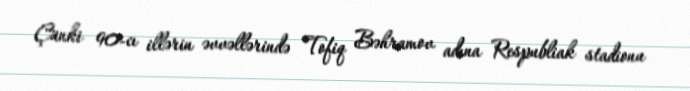
Çünki 90-cı illərin əvvəllərində Tofiq Bəhramov adına Respubliak stadionu